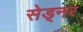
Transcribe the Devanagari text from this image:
सेड्नर